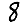
Digit: 8